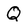
Character: Q